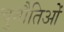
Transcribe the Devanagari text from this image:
चुनौतिओं